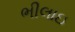
ભીલાઇ